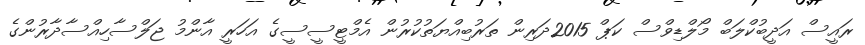
ރައީސް އަދީބުކްލަބް މޯލްޑިވްސް ކަޕް 2015ދަރިން ތަރުބިއްޔަތުކުރުން އެމްޓީސީސީގެ އަހަރީ އާންމު ޖަލްސާހިއްސާދާރުންގެ